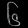
Digit: ၆